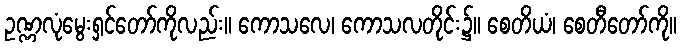
ဥဏ္ဏလုံမွေးရှင်တော်ကိုလည်း။ ကောသလေ၊ ကောသလတိုင်း၌။ စေတိယံ၊ စေတီတော်ကို။